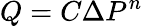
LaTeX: Q=C{\Delta}P^{n}\,